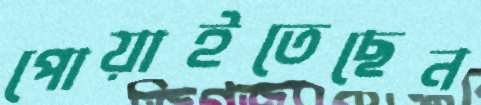
পোয়াইতেছেন